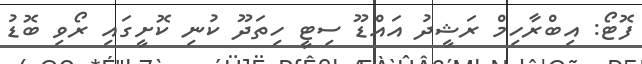
ފޮޓޯ: އިބްރާހިމް ރަޝީދު އައްޑޫ ސިޓީ ހިތަދޫ ކުނި ކޮށީގައި ރޯވި ބޮޑު